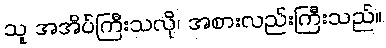
သူ အအိပ်ကြီးသလို၊ အစားလည်းကြီးသည်။